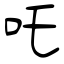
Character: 吒